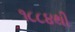
૧૮૮૪થી